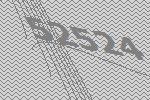
52524